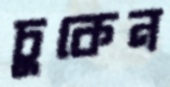
চুকেন